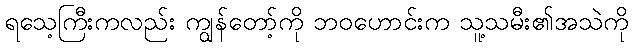
ရသေ့ကြီးကလည်း ကျွန်တော့်ကို ဘဝဟောင်းက သူ့သမီး၏အသဲကို